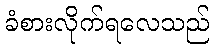
ခံစားလိုက်ရလေသည်